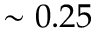
\sim 0 . 2 5